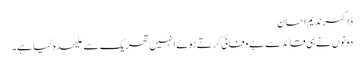
ڈاکٹرندیم احسان
دونوں نے ہی قائد سے بے وفائی کرتے ہوئے انہیں تحریک سے علیحدہ کیا ہے۔